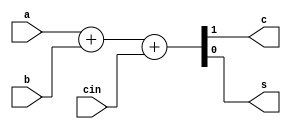

/*
The designers:

Ahmet Can Mert <ahmetcanmert@sabanciuniv.edu>
Ferhat Yaman <ferhatyaman@sabanciuniv.edu>

To the extent possible under law, the implementer has waived all copyright
and related or neighboring rights to the source code in this file.
http://creativecommons.org/publicdomain/zero/1.0/
*/

module FA(input a,b,cin,
          output c,s);
    assign {c,s} = a+b+cin;
endmodule